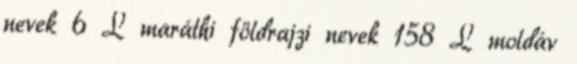
nevek‎ 6 L maráthi földrajzi nevek‎ 158 L moldáv